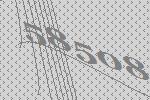
58508